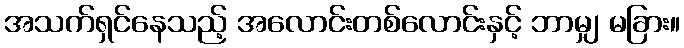
အသက်ရှင်နေသည့် အလောင်းတစ်လောင်းနှင့် ဘာမျှ မခြား။